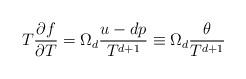
LaTeX: \begin{align*} T\frac{\partial f}{\partial T} = \Omega_d \frac{u-d p}{T^{d+1}} \equiv \Omega_d \frac{\theta}{T^{d+1}}\end{align*}